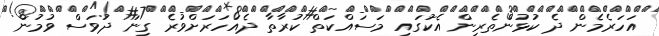
އަހަރެމެން ދެ ކުޅުންތެރިން އެކުގައި މަސައްކަތް ކުރާތާ ދެއަހަރަށްވުރެ ގިނަ ދުވަސް ވުމުން